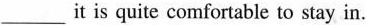
___it is quite comfortable to stay in.